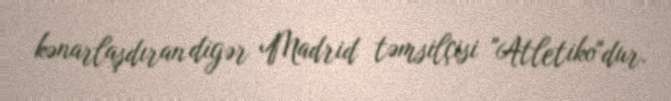
kənarlaşdıran digər Madrid təmsilçisi "Atletiko"dur.